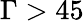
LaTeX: \Gamma>45